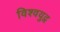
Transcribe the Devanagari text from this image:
विश्‍वयुद्व